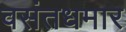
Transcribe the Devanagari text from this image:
वसंतधमार